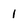
Character: 1